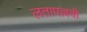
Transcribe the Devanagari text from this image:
लतापल्लवी